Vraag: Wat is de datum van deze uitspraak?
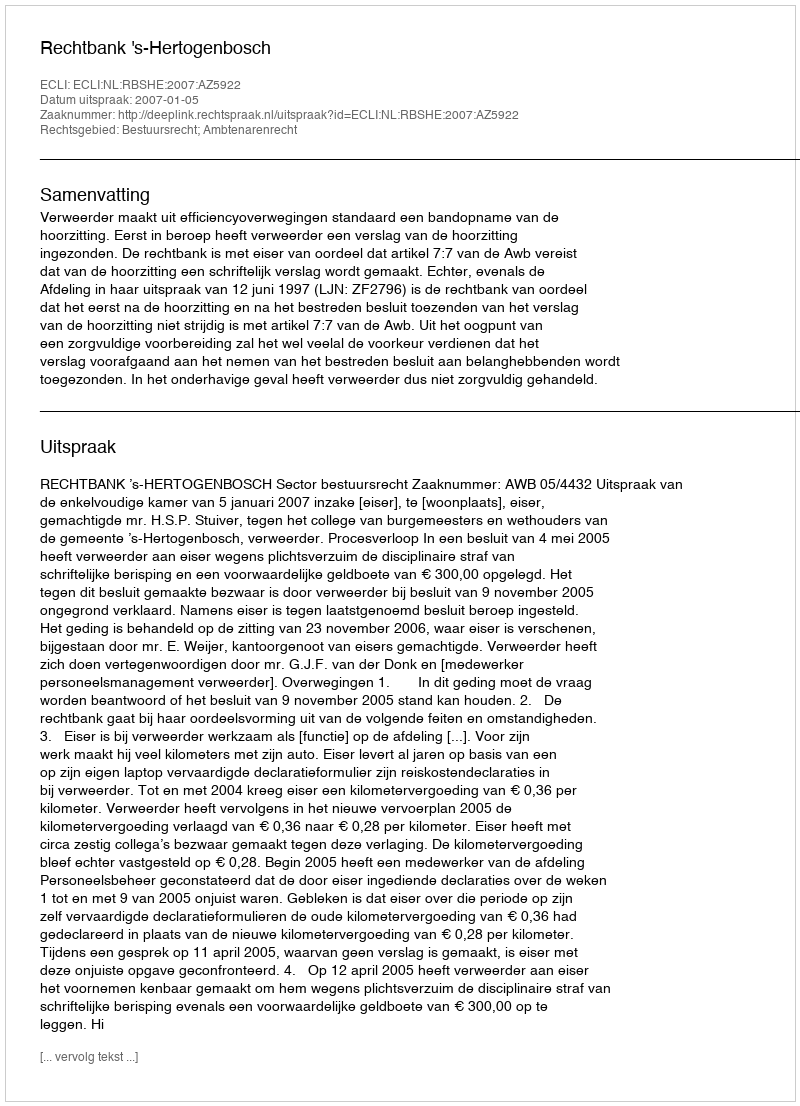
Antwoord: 2007-01-05